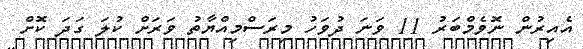
އެއިރުން ނޮވެމްބަރު 11 ވަނަ ދުވަހު މިރަސްމިއްޔާތު ވަރަށް ކުލަ ގަދަ ކޮށް